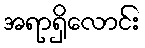
အရာရှိလောင်း